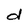
Character: d